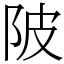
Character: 陂